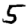
Digit: 5